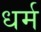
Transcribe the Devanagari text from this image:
ध्‍ार्म